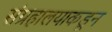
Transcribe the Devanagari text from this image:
संग्रहालयाकडून